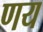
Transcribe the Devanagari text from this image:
णय